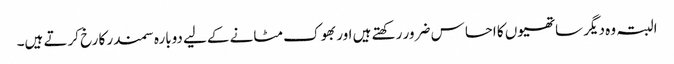
البتہ وہ دیگر ساتھیوں کا احساس ضرور رکھتے ہیں اور بھوک مٹانے کےلیے دوبارہ سمندر کا رخ کرتے ہیں۔